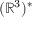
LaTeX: ( \mathbb { R } ^ { 3 } ) ^ { * }